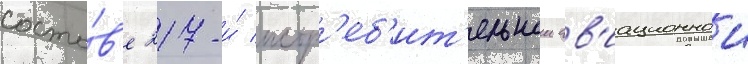
соста́в'е 217-и́ истр'еб'ит'ельнои ав'иационнои